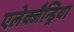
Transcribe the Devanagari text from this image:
एलेक्जैन्ड्रिया